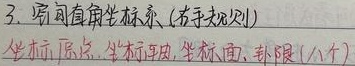
3. 画直角坐标系(右手规则)
坐标原点、坐标轴、坐标面、卦限(八个)